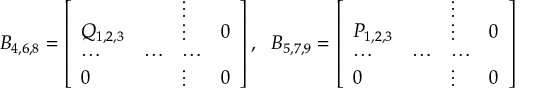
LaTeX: B _ { 4 , 6 , 8 } = \left[ \begin{array} { l l l l } { { } } & { { } } & { { \vdots } } & { { } } \\ { { Q _ { 1 , 2 , 3 } } } & { { } } & { { \vdots } } & { { 0 } } \\ { { \cdots } } & { { \cdots } } & { { \cdots } } & { { } } \\ { { 0 } } & { { } } & { { \vdots } } & { { 0 } } \end{array} \right] , \ \ B _ { 5 , 7 , 9 } = \left[ \begin{array} { l l l l } { { } } & { { } } & { { \vdots } } & { { } } \\ { { P _ { 1 , 2 , 3 } } } & { { } } & { { \vdots } } & { { 0 } } \\ { { \cdots } } & { { \cdots } } & { { \cdots } } & { { } } \\ { { 0 } } & { { } } & { { \vdots } } & { { 0 } } \end{array} \right]